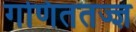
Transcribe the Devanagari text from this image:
गणिततज्ज्ञ